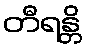
တီရန္တိ